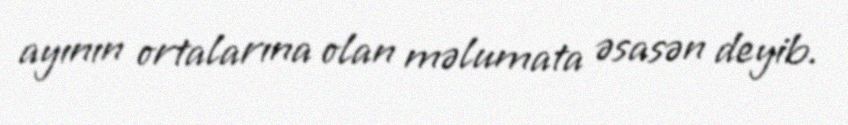
ayının ortalarına olan məlumata əsasən deyib.